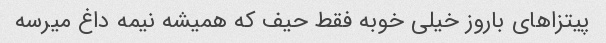
پیتزاهای باروز خیلی خوبه فقط حیف که همیشه نیمه داغ میرسه